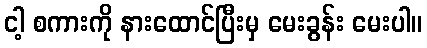
ငါ့ စကားကို နားထောင်ပြီးမှ မေးခွန်း မေးပါ။